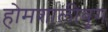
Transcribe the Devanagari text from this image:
होमशालीबुग